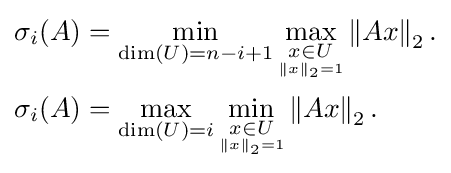
{\begin{aligned}\sigma _{i}(A)&=\min _{\dim(U)=n-i+1}\max _{\underset {\|x\|_{2}=1}{x\in U}}\left\|Ax\right\|_{2}.\\\sigma _{i}(A)&=\max _{\dim(U)=i}\min _{\underset {\|x\|_{2}=1}{x\in U}}\left\|Ax\right\|_{2}.\end{aligned}}